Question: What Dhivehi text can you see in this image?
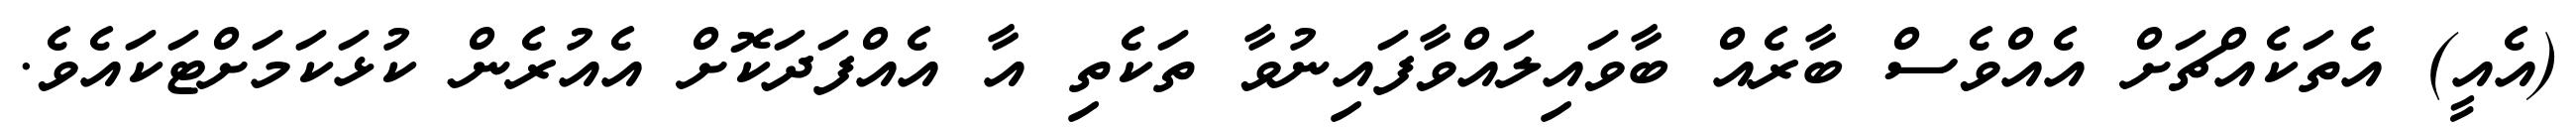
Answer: (އެއީ) އެތަކެއްޗަށް އެއްވެސް ބާރެއް ބާވައިލައްވާފައިނުވާ ތަކެތި އާ އެއްފަދަކޮށް އެއުރެން ކުޅަކަމަށްޓަކައެވެ.